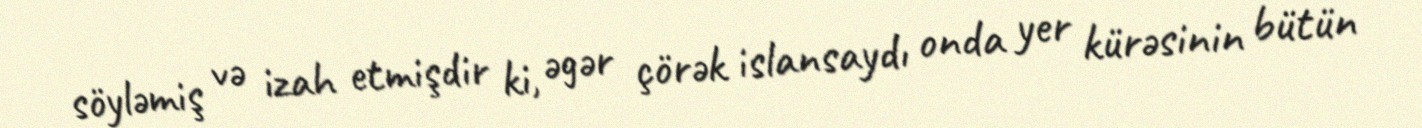
söyləmiş və izah etmişdir ki, əgər çörək islansaydı onda yer kürəsinin bütün